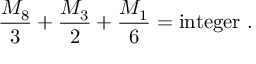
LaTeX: { \frac { M _ { 8 } } { 3 } } + { \frac { M _ { 3 } } { 2 } } + { \frac { M _ { 1 } } { 6 } } = \mathrm { i n t e g e r } \ .